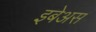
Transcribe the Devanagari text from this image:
इबेअस